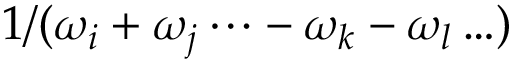
1 / ( \omega _ { i } + \omega _ { j } \cdots - \omega _ { k } - \omega _ { l } \ldots )